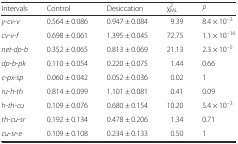
<table><thead><tr><td><b>Intervals</b></td><td><b>Control</b></td><td><b>Desiccation</b></td><td><b>χ<sup>2</sup><sub>ML</sub></b></td><td><b><i>P</i></b></td></tr></thead><tbody><tr><td><i>y-cv-v</i></td><td>0.564 ± 0.086</td><td>0.947 ± 0.084</td><td>9.39</td><td>8.4 × 10<sup>–3</sup></td></tr><tr><td><i>cv-v-f</i></td><td>0.698 ± 0.061</td><td>1.395 ± 0.045</td><td>72.75</td><td>1.1 × 10<sup>–16</sup></td></tr><tr><td><i>net</i>-<i>dp</i>-<i>b</i></td><td>0.352 ± 0.065</td><td>0.813 ± 0.069</td><td>21.13</td><td>2.3 × 10<sup>–5</sup></td></tr><tr><td><i>dp</i>-<i>b</i>-<i>pk</i></td><td>0.110 ± 0.054</td><td>0.220 ± 0.075</td><td>1.44</td><td>0.66</td></tr><tr><td><i>c</i>-<i>px</i>-<i>sp</i></td><td>0.060 ± 0.042</td><td>0.052 ± 0.036</td><td>0.02</td><td>1</td></tr><tr><td><i>ru</i>-<i>h</i>-<i>th</i></td><td>0.814 ± 0.099</td><td>1.101 ± 0.081</td><td>0.41</td><td>0.09</td></tr><tr><td><i>h</i>-<i>th</i>-<i>cu</i></td><td>0.109 ± 0.076</td><td>0.680 ± 0.154</td><td>10.20</td><td>5.4 × 10<sup>–3</sup></td></tr><tr><td><i>th</i>-<i>cu</i>-<i>sr</i></td><td>0.192 ± 0.134</td><td>0.478 ± 0.206</td><td>1.34</td><td>0.71</td></tr><tr><td><i>cu</i>-<i>sr</i>-<i>e</i></td><td>0.109 ± 0.108</td><td>0.234 ± 0.133</td><td>0.50</td><td>1</td></tr></tbody></table>